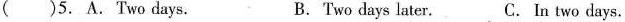
( )5. A. Two days. B.Two days later. C.In two days.